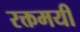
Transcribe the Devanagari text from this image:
रक्तमयी